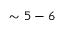
\sim { 5 - 6 }